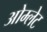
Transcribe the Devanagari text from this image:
ओम्लेट